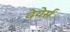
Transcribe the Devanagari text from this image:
वेयेर्स